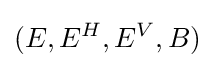
(E,E^{H},E^{V},B)